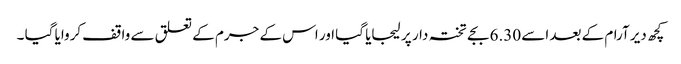
کچھ دیر آرام کے بعد اسے 6.30 بجے تختہ دار پر لیجایا گیا اور اس کے جرم کے تعلق سے واقف کروایا گیا ۔